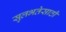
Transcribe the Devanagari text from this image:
सुलभतेसाठी